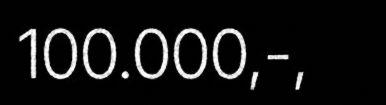
100.000,-,